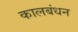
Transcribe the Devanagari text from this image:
कालबंधन